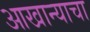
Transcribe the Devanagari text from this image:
आखान्याचा